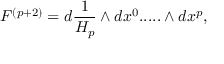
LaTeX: F ^ { ( p + 2 ) } = d { \frac { 1 } { H _ { p } } } \wedge d x ^ { 0 } . . . . . \wedge d x ^ { p } ,